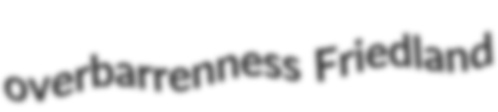
overbarrenness Friedland